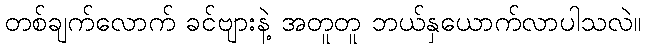
တစ်ချက်လောက် ခင်ဗျားနဲ့ အတူတူ ဘယ်နှယောက်လာပါသလဲ။